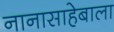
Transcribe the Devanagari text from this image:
नानासाहेबाला